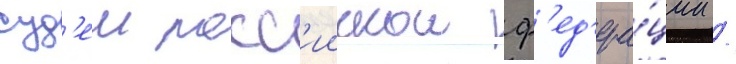
суд'еи росс'иискои ф'ед'ера́ции /